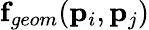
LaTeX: \mathbf{f}_{geom}(\mathbf{p}_{i},\mathbf{p}_{j})